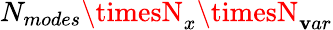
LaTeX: N_{modes}\timesN_{x}\timesN_{\mathbf{v}ar}